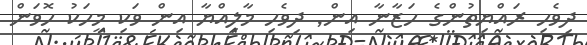
ދިވެހި ރައްޔިތުންގެ ހަޒާނާ އިން